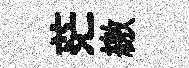
茫繳